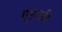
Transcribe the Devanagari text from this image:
गृहासी